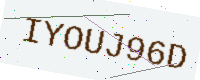
Text: IYOUJ96D